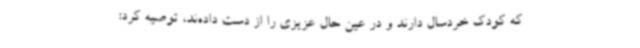
که کودک خردسال دارند و در عین حال عزیزی را از دست داده‌ند، توصیه کرد: